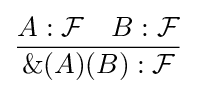
{\frac {A:{\mathcal {F}}\quad B:{\mathcal {F}}}{\&(A)(B):{\mathcal {F}}}}